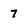
Character: 7